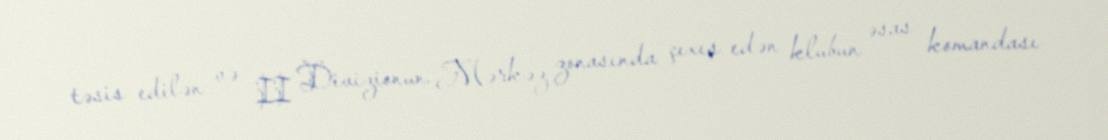
təsis edilən və II Divizionun Mərkəz zonasında çıxış edən klubun əsas komandası